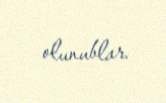
olunublar.